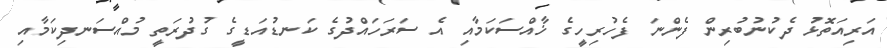
އަރިއަތޮޅު ދެކުނުބުރިން ފެންނަ ފެހުރިހީގެ ޚާއްސަކަމާއި އެ ސަރަހައްދުގެ ކަނޑުއަޑީގެ ގުދުރަތީ މުއްސަނދިކަމާއި